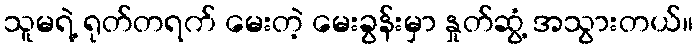
သူမရဲ့ ရုတ်တရက် မေးတဲ့ မေးခွန်းမှာ နှုတ်ဆွံ့ အသွားတယ်။